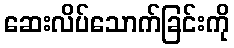
ဆေးလိပ်သောက်ခြင်းကို